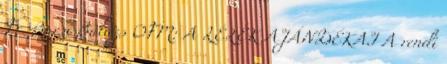
Fr. Barsi Balázs OFM: A LÉLEK AJÁNDÉKAI A rendi